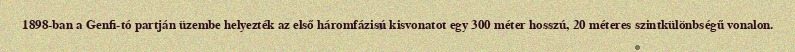
1898-ban a Genfi-tó partján üzembe helyezték az első háromfázisú kisvonatot egy 300 méter hosszú, 20 méteres szintkülönbségű vonalon.